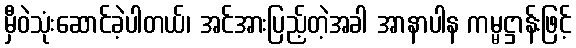
မှီဝဲသုံးဆောင်ခဲ့ပါတယ်၊ အင်အားပြည့်တဲ့အခါ အာနာပါန ကမ္မဋ္ဌာန်းဖြင့်